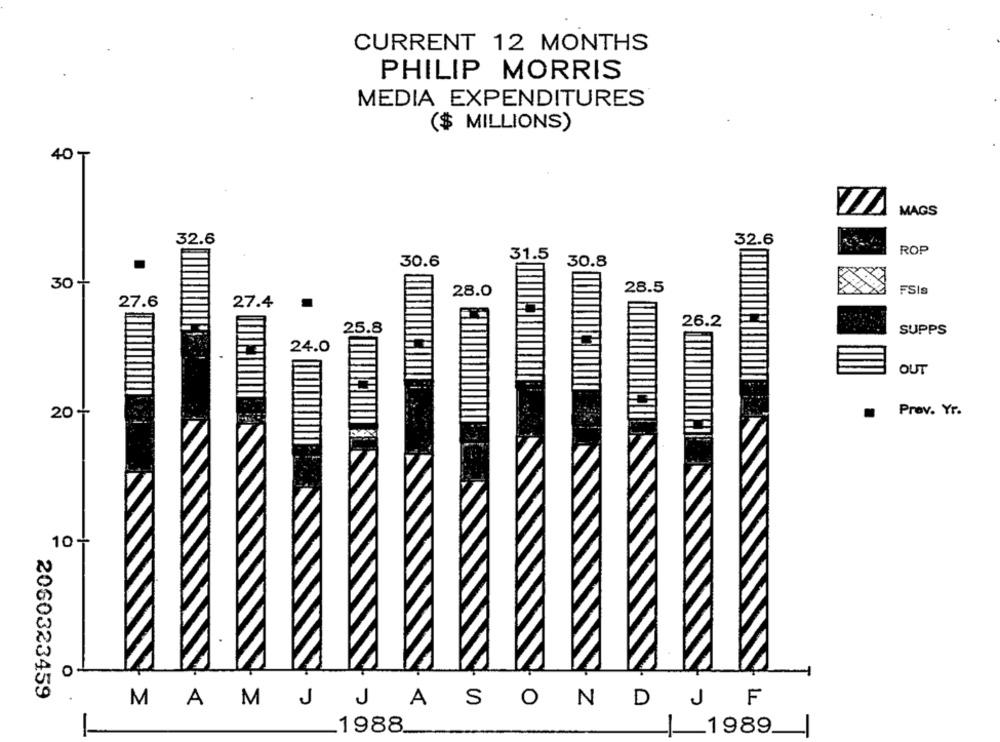
CURRENT 12 MONTHS
PHILIP MORRIS
MEDIA EXPENDITURES
($ MILLIONS)
40 ₸
MAGS
32.6
32.6
ROP
31.5
30.6
30.8
30 +
28.5
FSIs
28.0
27.6
27.4
26.2
25.8
SUPPS
24.0
OUT
20 +
Prov. Yr.
10-
0
2060323459
MAMJJASONDJ
F
1988.
1989